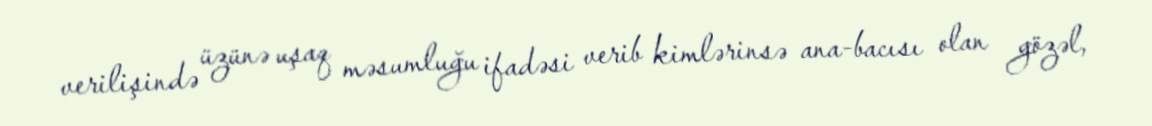
verilişində üzünə uşaq məsumluğu ifadəsi verib kimlərinsə ana-bacısı olan gözəl,